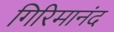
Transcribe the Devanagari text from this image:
गिरिमानंद